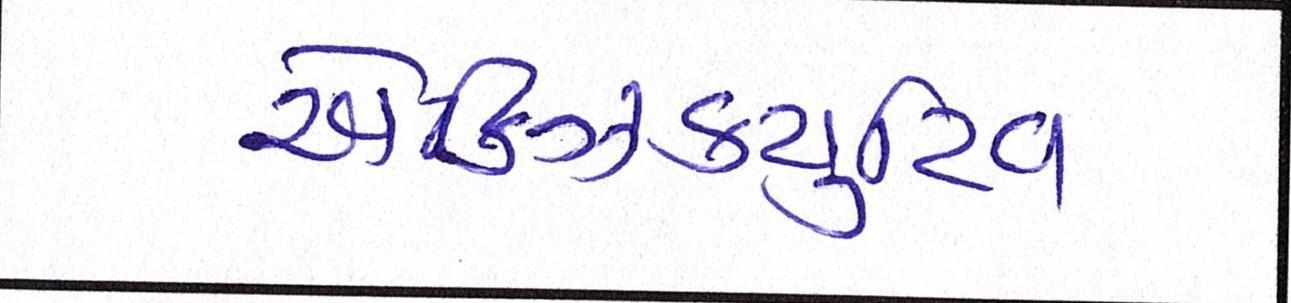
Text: એક્ઝિક્યુટિવ